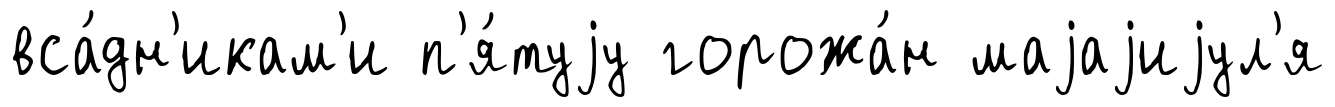
вса́дн'икам'и п'я́туjу горожа́н маjаjиjул'я